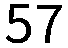
57